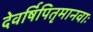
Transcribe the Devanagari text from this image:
देवर्षिपितृमानवाः